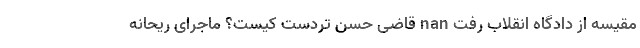
مقیسه از دادگاه انقلاب رفت nan قاضی حسن تردست کیست؟ ماجرای ریحانه